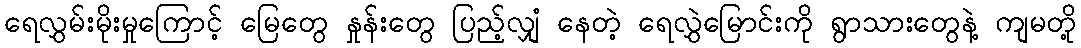
ရေလွှမ်းမိုးမှုကြောင့် မြေတွေ နှုန်းတွေ ပြည့်လျှံ နေတဲ့ ရေလွှဲမြောင်းကို ရွာသားတွေနဲ့ ကျမတို့